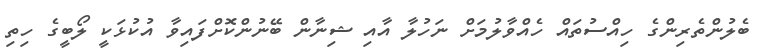
ބެލުންތެރިންގެ ހިއްސުތައް ހެއްވާލުމަށް ނަހުލާ އާއި ޝިނާން ބޭނުންކޮށްފައިވާ އުކުޅަކީ ލޯބީގެ ހިތި